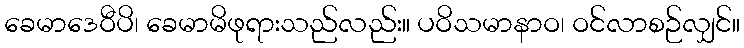
ခေမာဒေဝီပိ၊ ခေမာမိဖုရားသည်လည်း။ ပဝိသမာနာဝ၊ ဝင်လာစဉ်လျှင်။